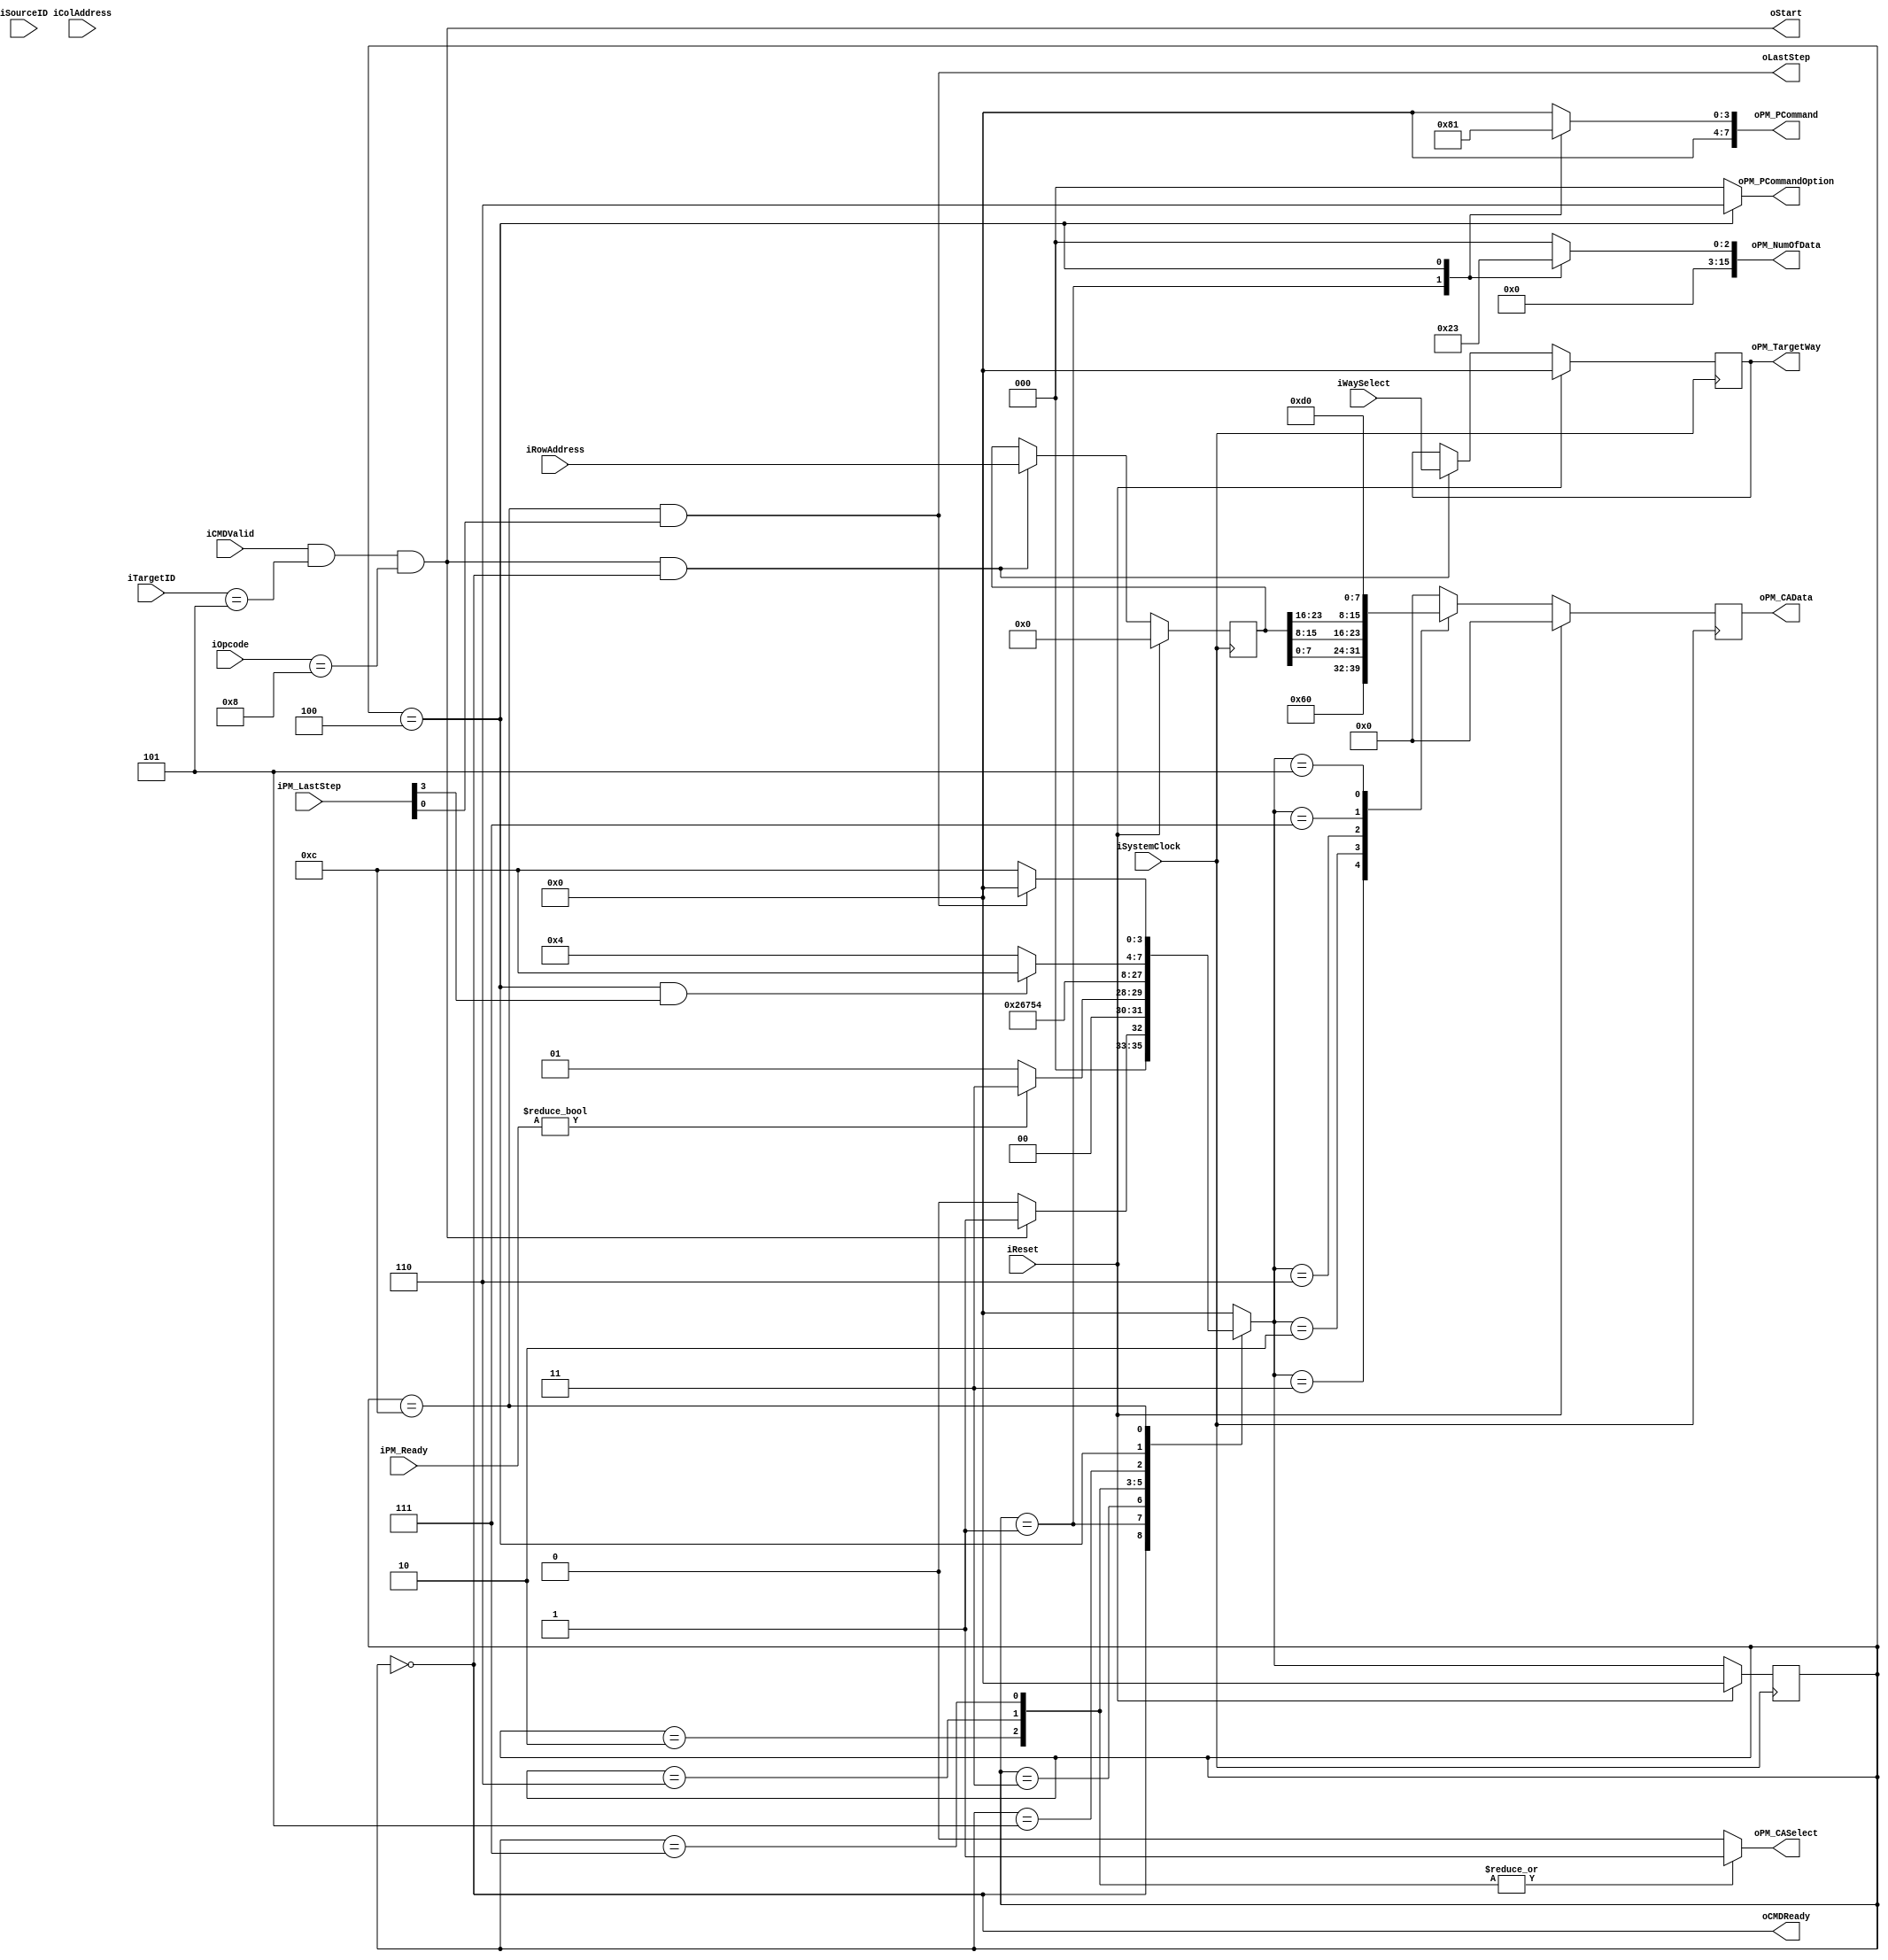
//////////////////////////////////////////////////////////////////////////////////
// NPCG_Toggle_BNC_B_erase for Cosmos OpenSSD
// Copyright (c) 2015 Hanyang University ENC Lab.
// Contributed by Kibin Park <kbpark@enc.hanyang.ac.kr>
//                Ilyong Jung <iyjung@enc.hanyang.ac.kr>
//                Yong Ho Song <yhsong@enc.hanyang.ac.kr>
//
// This file is part of Cosmos OpenSSD.
//
// Cosmos OpenSSD is free software; you can redistribute it and/or modify
// it under the terms of the GNU General Public License as published by
// the Free Software Foundation; either version 3, or (at your option)
// any later version.
//
// Cosmos OpenSSD is distributed in the hope that it will be useful,
// but WITHOUT ANY WARRANTY; without even the implied warranty of
// MERCHANTABILITY or FITNESS FOR A PARTICULAR PURPOSE.
// See the GNU General Public License for more details.
//
// You should have received a copy of the GNU General Public License
// along with Cosmos OpenSSD; see the file COPYING.
// If not, see <http://www.gnu.org/licenses/>. 
//////////////////////////////////////////////////////////////////////////////////

//////////////////////////////////////////////////////////////////////////////////
// Company: ENC Lab. <http://enc.hanyang.ac.kr>
// 
// Project Name: Cosmos OpenSSD
// Design Name: NPCG_Toggle_BNC_B_erase
// Module Name: NPCG_Toggle_BNC_B_erase
//
// Version: v1.0.0
//
// Description: Block erasure FSM
//
//////////////////////////////////////////////////////////////////////////////////

//////////////////////////////////////////////////////////////////////////////////
// Revision History:
//
// * v1.0.0
//   - first draft
//////////////////////////////////////////////////////////////////////////////////
`timescale 1ns / 1ps

module NPCG_Toggle_BNC_B_erase
#
(
    parameter NumberOfWays    =   4
)
(
    iSystemClock        ,
    iReset              ,
    iOpcode             ,
    iTargetID           ,
    iSourceID           ,
    iCMDValid           ,
    oCMDReady           ,
    iWaySelect          ,
    iColAddress         ,
    iRowAddress         ,
    oStart              ,
    oLastStep           ,
    iPM_Ready           ,
    iPM_LastStep        ,
    oPM_PCommand        ,
    oPM_PCommandOption  ,
    oPM_TargetWay       ,
    oPM_NumOfData       ,
    oPM_CASelect        ,
    oPM_CAData   
);
    input                           iSystemClock            ;
    input                           iReset                  ;
    input   [5:0]                   iOpcode                 ;
    input   [4:0]                   iTargetID               ;
    input   [4:0]                   iSourceID               ;
    input                           iCMDValid               ;
    output                          oCMDReady               ;
    input   [NumberOfWays - 1:0]    iWaySelect              ;
    input   [15:0]                  iColAddress             ;
    input   [23:0]                  iRowAddress             ;
    output                          oStart                  ;
    output                          oLastStep               ;
    input   [7:0]                   iPM_Ready               ;
    input   [7:0]                   iPM_LastStep            ;
    output  [7:0]                   oPM_PCommand            ;
    output  [2:0]                   oPM_PCommandOption      ;
    output  [NumberOfWays - 1:0]    oPM_TargetWay           ;
    output  [15:0]                  oPM_NumOfData           ;
    output                          oPM_CASelect            ;
    output  [7:0]                   oPM_CAData              ;

    reg [NumberOfWays - 1:0]    rTargetWay  ;
    reg [15:0]                  rColAddress ;
    reg [23:0]                  rRowAddress ;
    wire                        wModuleTriggered;
    wire                        wTMStart    ;
    
    reg [7:0]                   rPMTrigger  ;
    reg [2:0]                   rPCommandOption ;
    reg [15:0]                  rNumOfData  ;
    
    reg [7:0]                   rCAData     ;
    reg                         rPMCommandOrAddress ;

    localparam  State_Idle          = 4'b0000   ;
    localparam  State_NCALIssue     = 4'b0001   ;
    localparam  State_NCmdWrite0    = 4'b0011   ;
    localparam  State_NAddrWrite0   = 4'b0010   ;
    localparam  State_NAddrWrite1   = 4'b0110   ;
    localparam  State_NAddrWrite2   = 4'b0111   ;
    localparam  State_NCmdWrite1    = 4'b0101   ;
    localparam  State_NTMIssue      = 4'b0100   ;
    localparam  State_WaitDone      = 4'b1100   ;
    
    reg [3:0]   rCurState   ;
    reg [3:0]   rNextState  ;

    always @ (posedge iSystemClock)
        if (iReset)
            rCurState <= State_Idle;
        else
            rCurState <= rNextState;

    always @ (*)
        case (rCurState)
        State_Idle:
            rNextState <= (wModuleTriggered)?State_NCALIssue:State_Idle;
        State_NCALIssue:
            rNextState <= (iPM_Ready)?State_NCmdWrite0:State_NCALIssue;
        State_NCmdWrite0:
            rNextState <= State_NAddrWrite0;
        State_NAddrWrite0:
            rNextState <= State_NAddrWrite1;
        State_NAddrWrite1:
            rNextState <= State_NAddrWrite2;
        State_NAddrWrite2:
            rNextState <= State_NCmdWrite1;
        State_NCmdWrite1:
            rNextState <= State_NTMIssue;
        State_NTMIssue:
            rNextState <= (wTMStart)?State_WaitDone:State_NTMIssue;
        State_WaitDone:
            rNextState <= (oLastStep)?State_Idle:State_WaitDone;
        default:
            rNextState <= State_Idle;
        endcase
    
    assign wModuleTriggered = (iCMDValid && iTargetID == 5'b00101 && iOpcode == 6'b001000);
    assign wTMStart = (rCurState == State_NTMIssue) & iPM_LastStep[3];
    assign oCMDReady = (rCurState == State_Idle);
    
    always @ (posedge iSystemClock)
        if (iReset)
        begin
            rTargetWay <= {(NumberOfWays){1'b0}};
            rColAddress <= 16'b0;
            rRowAddress <= 24'b0;
        end
        else
            if (wModuleTriggered && (rCurState == State_Idle))
            begin
                rTargetWay  <= iWaySelect   ;
                rColAddress <= iColAddress  ;
                rRowAddress <= iRowAddress  ;
            end
    
    always @ (*)
        case (rCurState)
        State_NCALIssue:
            rPMTrigger <= 8'b00001000;
        State_NTMIssue:
            rPMTrigger <= 8'b00000001;
        default:
            rPMTrigger <= 0;
        endcase
    
    always @ (*)
        case (rCurState)
        State_NTMIssue:
            rPCommandOption[2:0] <= 3'b110;
        default:
            rPCommandOption[2:0] <= 0;
        endcase
    
    always @ (*)
        case (rCurState)
        State_NCALIssue:
            rNumOfData[15:0] <= 16'd4; // 1 cmd + 3 addr + 1 cmd = 5 (=> 4)
        State_NTMIssue:
            rNumOfData[15:0] <= 16'd3; // 40 ns
        default:
            rNumOfData[15:0] <= 0;
        endcase
    
    always @ (*)
        case (rCurState)
        State_NCmdWrite0:
            rPMCommandOrAddress <= 1'b0;
        State_NCmdWrite1:
            rPMCommandOrAddress <= 1'b0;
        State_NAddrWrite0:
            rPMCommandOrAddress <= 1'b1;
        State_NAddrWrite1:
            rPMCommandOrAddress <= 1'b1;
        State_NAddrWrite2:
            rPMCommandOrAddress <= 1'b1;
        default:
            rPMCommandOrAddress <= 1'b0;
        endcase
    
    always @ (posedge iSystemClock)
        if (iReset)
            rCAData <= 8'b0;
        else
            case (rNextState)
            State_NCmdWrite0:
                rCAData <= 8'h60;
            State_NAddrWrite0:
                rCAData <= rRowAddress[7:0];
            State_NAddrWrite1:
                rCAData <= rRowAddress[15:8];
            State_NAddrWrite2:
                rCAData <= rRowAddress[23:16];
            State_NCmdWrite1:
                rCAData <= 8'hD0;
            default:
                rCAData <= 0;
            endcase
    
    assign oStart = wModuleTriggered;
    assign oLastStep            = (rCurState == State_WaitDone) & iPM_LastStep[0];
    //assign oDoneWay             = rTargetWay;
    
    assign oPM_PCommand         = rPMTrigger;
    assign oPM_PCommandOption   = rPCommandOption;//1'b0;
    assign oPM_TargetWay        = rTargetWay;
    assign oPM_NumOfData        = rNumOfData;   //16'd4;
    assign oPM_CASelect         = rPMCommandOrAddress;
    assign oPM_CAData           = rCAData;
    //assign oPM_WriteData        = 32'b0;
    //assign oPM_WriteLast        = 1'b0;
    //assign oPM_WriteValid       = 1'b0;
    //assign oPM_ReadReady        = 1'b0;

endmodule